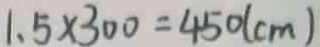
1 . 5 \times 3 0 0 = 4 5 0 ( c m )